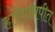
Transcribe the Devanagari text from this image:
हरिताभपीत